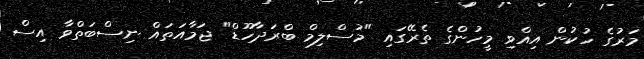
މަރުގެ ހުކުން އިއްވި މީހުންގެ ތެރޭގައި "މުސްލިމް ބްރަދާހޫޑް" ޖަމާއަތައް ނިސްބަތްވާ އިސް